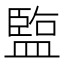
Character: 𬐱